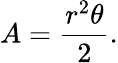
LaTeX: A={\frac{r^{2}\theta}{2}}.